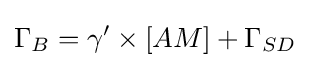
\Gamma _{B}=\gamma '\times [AM]+\Gamma _{SD}